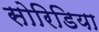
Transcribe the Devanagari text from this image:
सोरिडिया